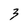
Character: 3